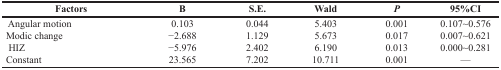
<table><thead><tr><td><b>Factors</b></td><td><b>B</b></td><td><b>S.E.</b></td><td><b>Wald</b></td><td><b><i>P</i></b></td><td><b>95%CI</b></td></tr></thead><tbody><tr><td>Angular motion</td><td>0.103</td><td>0.044</td><td>5.403</td><td>0.001</td><td>0.107∼0.576</td></tr><tr><td>Modic change</td><td>−2.688</td><td>1.129</td><td>5.673</td><td>0.017</td><td>0.007∼0.621</td></tr><tr><td>HIZ</td><td>−5.976</td><td>2.402</td><td>6.190</td><td>0.013</td><td>0.000∼0.281</td></tr><tr><td>Constant</td><td>23.565</td><td>7.202</td><td>10.711</td><td>0.001</td><td>—</td></tr></tbody></table>